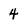
Character: 4